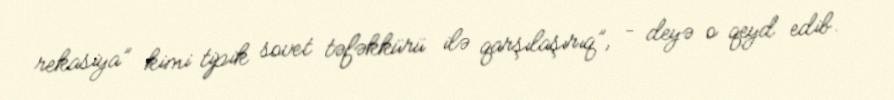
rekasiya” kimi tipik sovet təfəkkürü ilə qarşılaşırıq”, - deyə o qeyd edib.